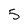
Character: 5